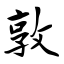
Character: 敦